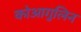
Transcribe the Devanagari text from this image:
कोआगुलिन